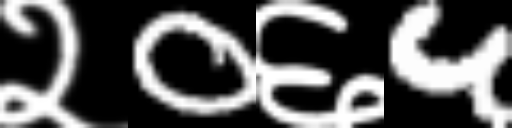
Text: २0६4